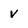
Character: v